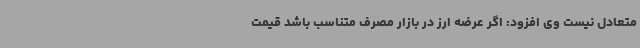
متعادل نیست وی افزود: اگر عرضه ارز در بازار مصرف متناسب باشد قیمت